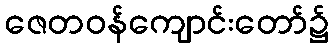
ဇေတဝန်ကျောင်းတော်၌